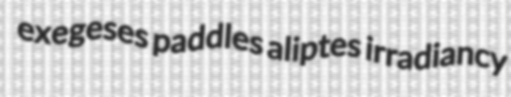
exegeses paddles aliptes irradiancy